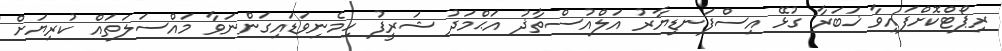
ރިޕޯޓްކޮށްފައިވާ ޚަބަރާ ގުޅޭ އިސްފަނޑިޔާރު އަލްއުސްތާޛު އަޙްމަދު ޝަރީފު ހިމެނިވަޑައިގަންނަވާ މައްސަލަތައް ކުރިޔަށް